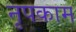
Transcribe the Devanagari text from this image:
नृपकाम